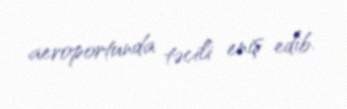
aeroportunda təcili eniş edib.